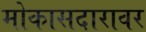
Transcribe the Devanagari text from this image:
मोकासदारावर